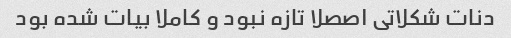
دنات شکلاتی اصصلا تازه نبود و کاملا بیات شده بود